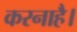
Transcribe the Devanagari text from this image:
करनाहै।